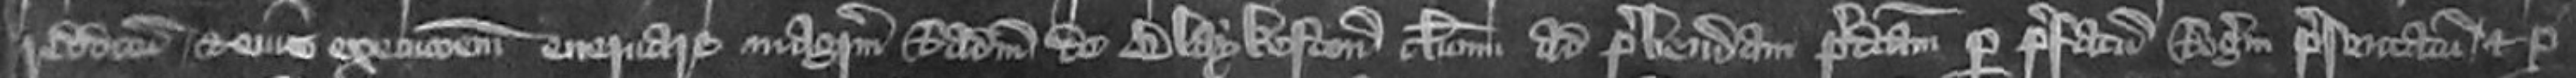
redditum et eius execucionem enervare Magistrum Radulphum de Blaykeston clericum ad prebendam predictam per prefatum Rogerum presentatum et per